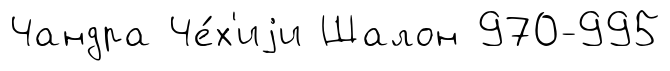
Чандра Че́х'иjи Шалон 970-995